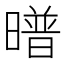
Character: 𭧱